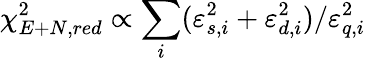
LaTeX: \chi_{E+N,red}^{2}\propto\sum_{i}(\varepsilon_{s,i}^{2}+\varepsilon_{d,i}^{2})/\varepsilon_{q,i}^{2}